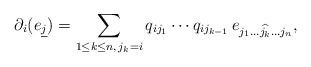
LaTeX: \begin{align*}{\partial_{i}}(e_{\underline{j}})=\sum_{1\le k\le n, \, j_k=i} q_{ij_{1}}\cdots q_{ij_{k-1}}\,e_{j_{1}\dots \widehat{j_{k}}\dots j_{n}},\end{align*}